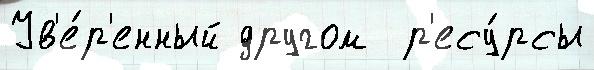
Ув'е́р'енный другом  р'есу́рсы